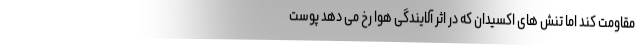
مقاومت کند اما تنش های اکسیدان که در اثر آلایندگی هوا رخ می دهد پوست